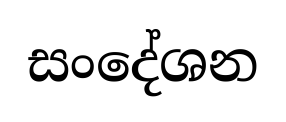
සංදේශන